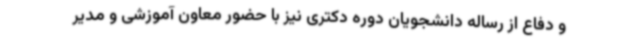
و دفاع از رساله دانشجویان دوره دکتری نیز با حضور معاون آموزشی و مدیر